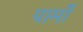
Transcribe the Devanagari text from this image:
पामों